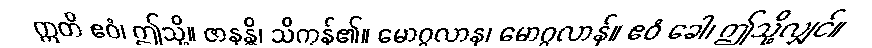
ဣတိ ဧဝံ၊ ဤသို့။ ဇာနန္တိ၊ သိကုန်၏။ မောဂ္ဂလာန၊ မောဂ္ဂလာန်။ ဧဝံ ခေါ၊ ဤသို့လျှင်။